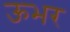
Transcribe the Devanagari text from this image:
ऊभर